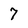
Character: 7